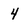
Character: 4